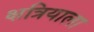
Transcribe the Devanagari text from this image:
क्षत्रियाला